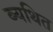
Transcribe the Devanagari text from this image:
ब्यथित